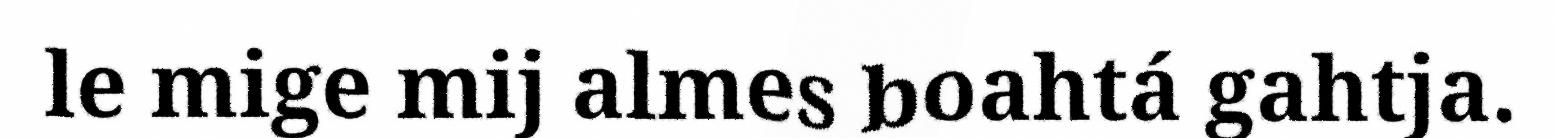
le mige mij almes boahtá gahtja.